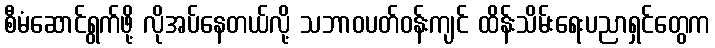
စီမံဆောင်ရွက်ဖို့ လိုအပ်နေတယ်လို့ သဘာဝပတ်ဝန်းကျင် ထိန်းသိမ်းရေးပညာရှင်တွေက